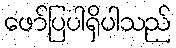
ဖော်ပြပါရှိပါသည်